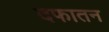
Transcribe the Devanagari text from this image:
दफातन